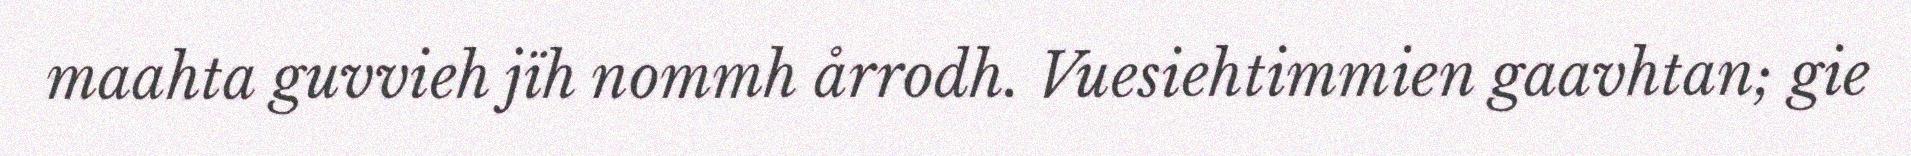
maahta guvvieh jïh nommh årrodh. Vuesiehtimmien gaavhtan; gie